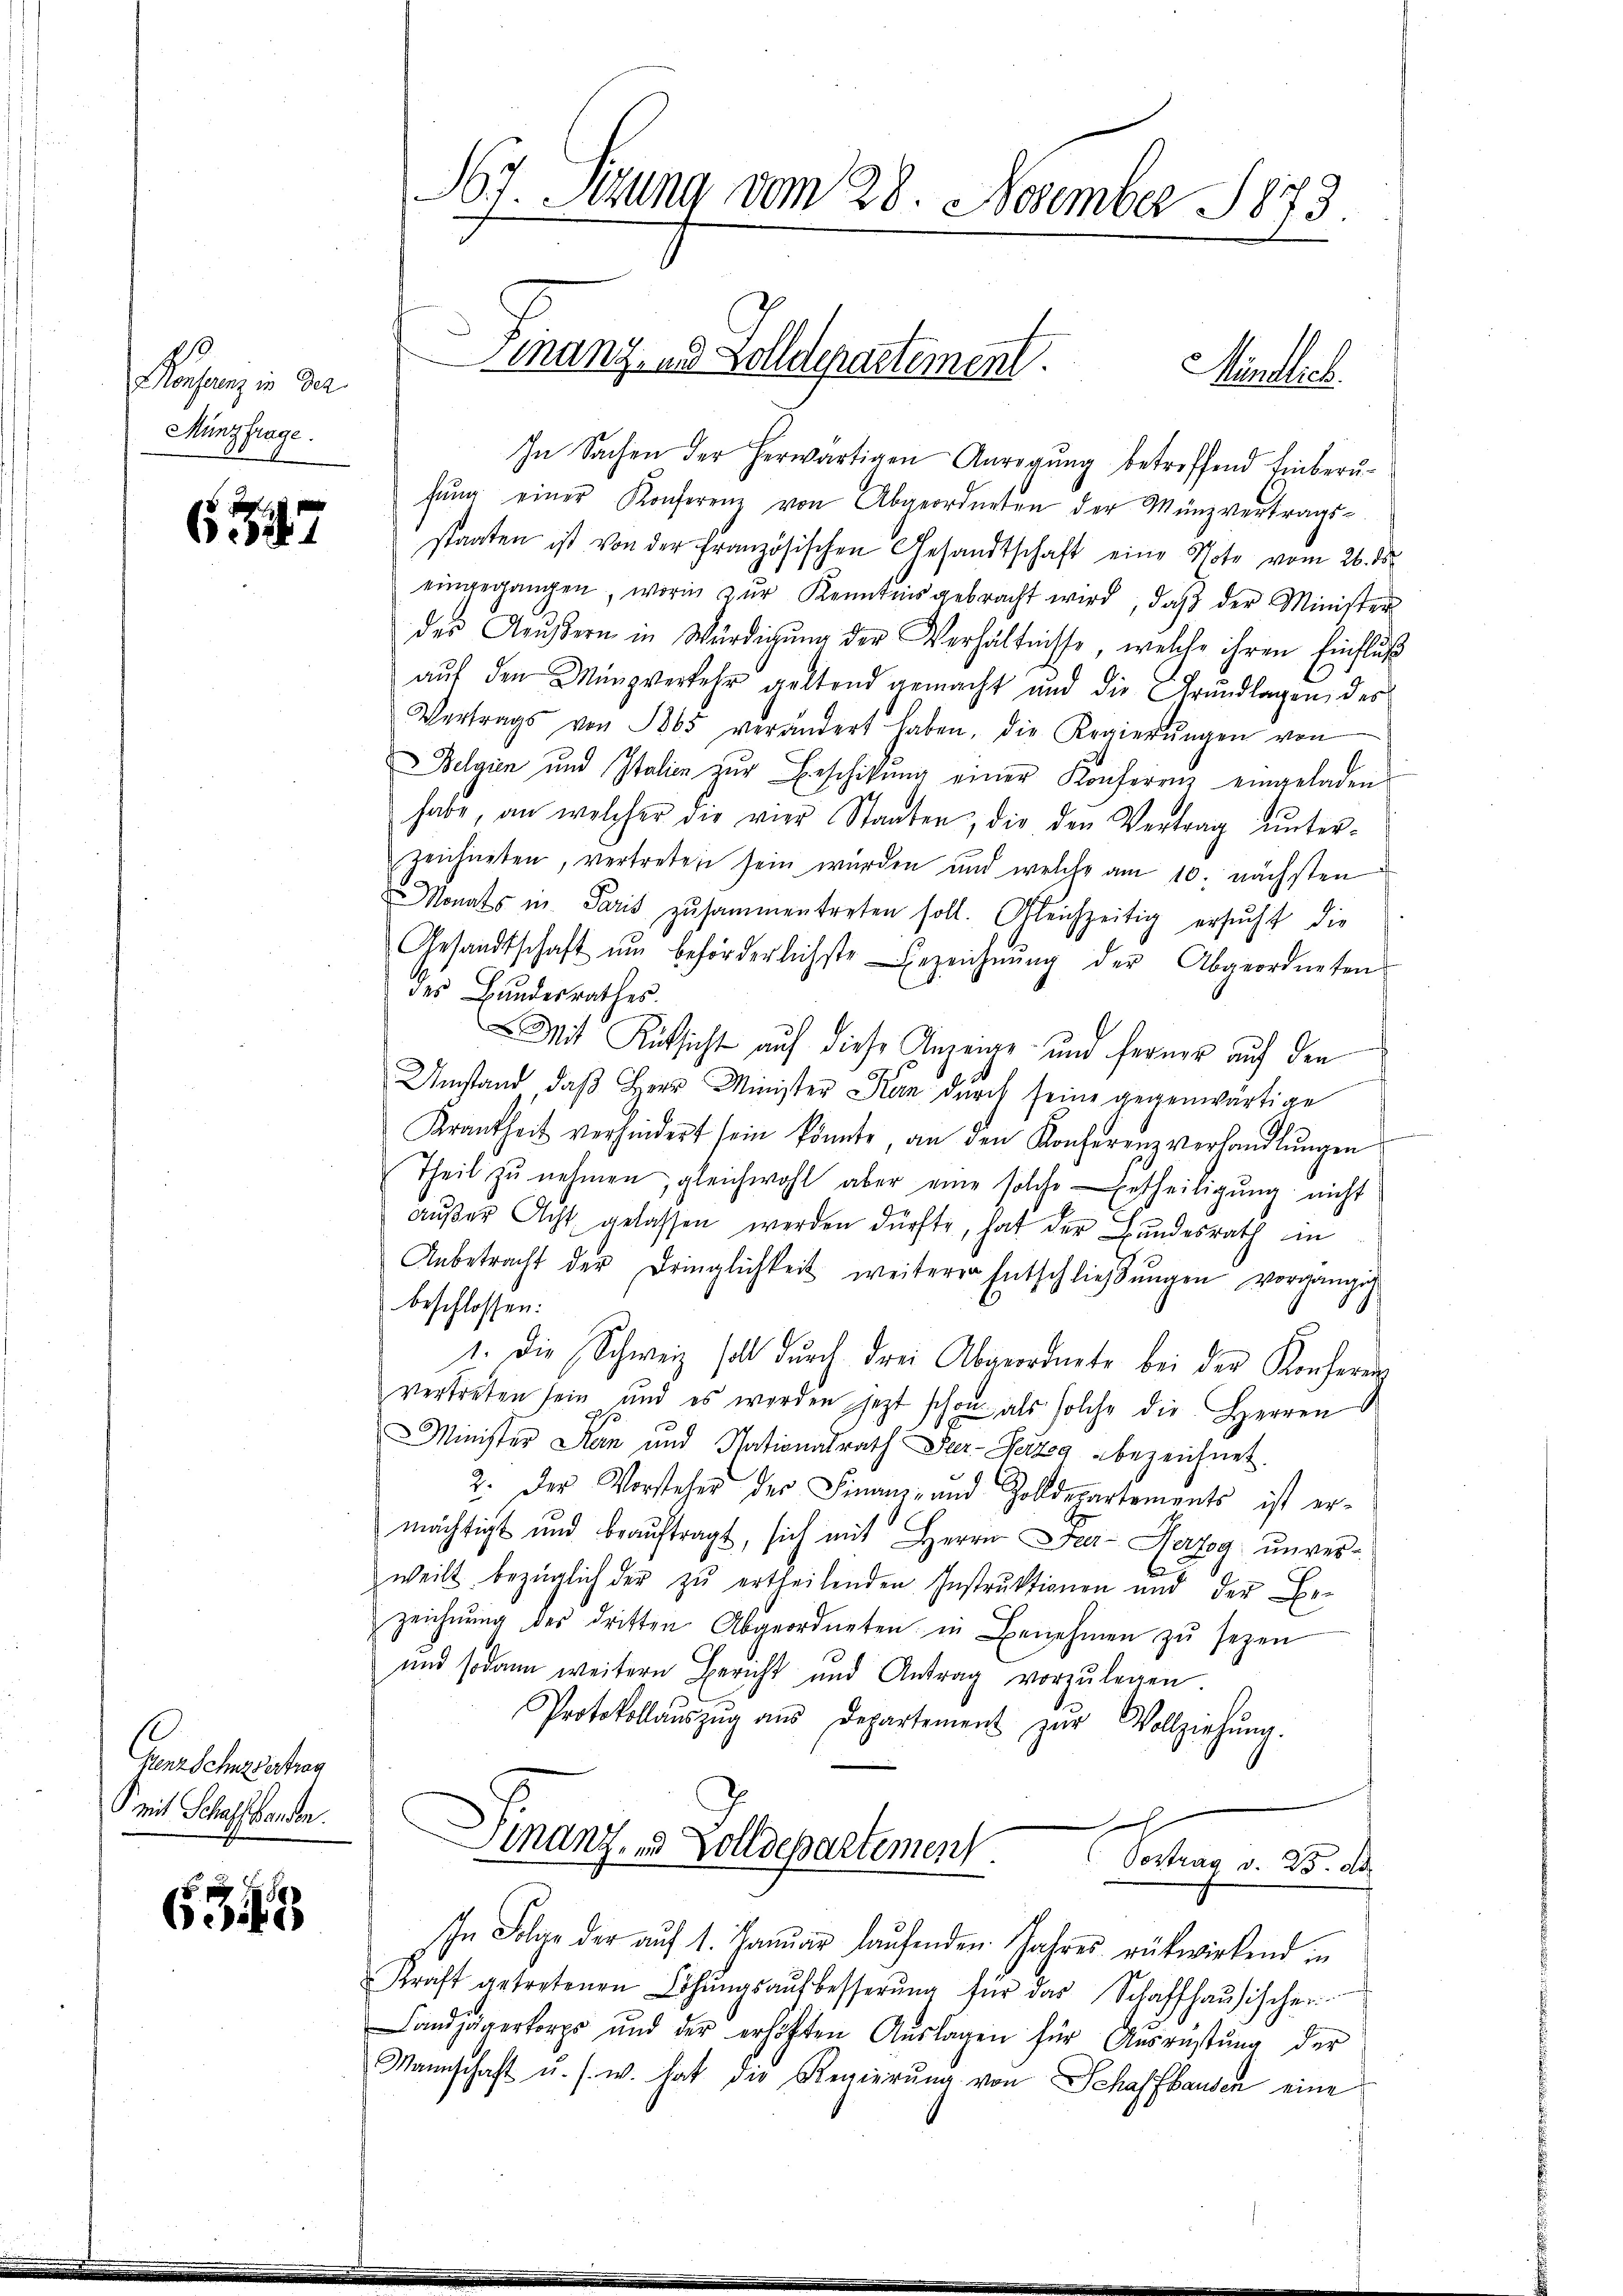
Monsuranz in der
Mingfrage.

657

1
Genz Schnzvertrag
mit Schaffhanden.

6343

67. Sitzung vom 28. November 1873.

In Sachen der herwärtigen Anregŭng betreffend Einberu-
fŭng einer Konferenz von Abgeordneten der Münzvertrags-
staaten ist von der Französischen Gesandtschaft eine Note vom 26. ds
eingegangen, worin zŭr Kenntnis gebracht wird, daβ der Minister
des Aeußern in Würdigŭng der Verhältnisse, welche ihren Einfluß
aŭf den Münzverkehr geltend gemacht und die Grŭndlagen des
Vertrags von 1865 verändert haben, die Regierŭngen von
Belgien und Italien zŭr Einschikung einer Konferenz eingeladen
habe, an welcher die vier Staaten, die den Vertrag ŭnter-
zeichneten, vertreten sein wurden und welche am 10. nächsten
Monats in Paris zusammentreten soll. Gleichzeitig ersŭcht die
Gesandtschaft ŭm beförderlichste Bezeichnŭng der Abgeordneten
des Bundesrathes.
Mit Rücksicht auf diese Anzeige und ferner auf den
.
Umstand, daß Herr Minister Kan durch seine gegenwärtige
Krankheit verhindert sein könnte an den Konferenzverhandlŭngen
Theil zŭ nehmen, gleichwohl aber eine solche Ertheiligung nicht
aŭβer Acht gelassen werden dürfte, hat der Bundesrath in
Anbetracht der Dringlichkeit weiterer Entschliessŭngen vorgängig
beschlossen:
1. Die Schweiz soll durch drei Abgeordnete bei der Konferer
vertreten sein, und es worden jezt schon als solche die Herren
Minister San und Nationalrath Sar-Perzog bezeichnet.
2. Der Vorsteher der Finanz- und Zolldepartements ist ermächtigt und beaŭftragt, sich mit Herrn Far- Herzog unverweilt bezüglich der zŭ ertheilenden Instrŭktionen und der Be-
zeichnŭng des dritten Abgeordneten in Benehmen zŭ sezen
und sodann weitern Bericht und Antrag vorzulegen
Protokollaŭszŭg aŭs Departement zur Vollziehŭng.

Ginanz, u. Zolldepartement.
Vortrag v. 23. de
In Folge der aŭf 1. Januar laŭfenden Jahres rükwirkend in
Kraft getretenen Löhŭngsaŭfbesserŭng für das Schaffhaŭsischer-
Landjägerkorps und der erhöhten Aŭslagen für Ausrüstung der
Mannschaft u. s. w. hat die Regierŭng von Schaffhausen eine

inanz, und Zolldepartement.
Mündlich.